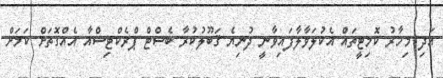
އަދި މިހާރު ކޮމިޓީތައް އެކުލަވާލާފައިވާނީ ދުނިޔެ ޤަބޫލުކުރާ ބެސްޓް ޕްރެކްޓިސްއާ އެއްގޮތަށް ކަމަށް